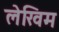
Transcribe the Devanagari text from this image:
लेखिम